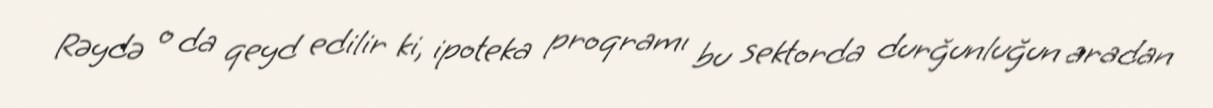
Rəydə o da qeyd edilir ki, ipoteka proqramı bu sektorda durğunluğun aradan